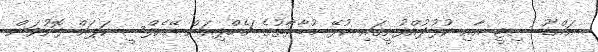
އައްޑޫ ސިޓީ އާއި ކުޅުދުއްފުށީގައި ކުޅޭ މުބާރާތުގެ ޗެމްޕިއަން އޭއެފްސީ ކަޕަށް ފޮނުވަން